system: You are a helpful assistant.
user:
Analyze the provided spectrum to determine if it is a **S-type Star**.

- **Key Indicators for S-type Star:**

    - **(Overall Spectrum Shape):** The first and most obvious characteristic is the overall continuum (the "baseline" shape). It is **extremely "red-sloping,"** meaning the flux (light intensity) is very low on the left side (blue, ~4000-4500 Å) and rises steeply and continuously toward the right side (red, ~7000 Å+).

    - **(Primary):** The spectrum is defined by the presence of strong, broad molecular absorption "valleys" (bands) from **Zirconium Oxide (ZrO)**. The identification of these bands is the **primary requirement** for classifying a star as S-type.
        - **(Key Bandheads):** You must find distinct, deep "dips" where the light has been absorbed. The most critical band systems to locate are:
            - **~6474 Å** ($\gamma$-system): This is often the strongest and clearest ZrO feature, found in the red part of the spectrum.
            - **~5718 Å** & **~5551 Å** ($\beta$-system): A pair of prominent absorption features in the yellow-orange part of the spectrum.
            - **~4640 Å** ($\alpha$-system): A key absorption band system in the blue-green region of the spectrum.

    - **(Secondary Confirmation):** The classification is strengthened by finding additional absorption bands from other related heavy element oxides, which are expected to be present alongside ZrO.
        - **(Key Bandheads):**
            - **Yttrium Oxide (YO):** Look for absorption dips near **~4800 Å** and **~6100 Å**.
            - **Lanthanum Oxide (LaO):** Additional absorption features, particularly in the red-orange part of the spectrum, are also characteristic.

    - **(Line Profile):** The combination of the steep red continuum and these numerous, deep molecular bands (ZrO, YO, etc.) gives the entire spectrum a very **"chopped-up"** or **"bumpy"** appearance. Instead of a smooth curve, the spectrum looks as though large, wide chunks of light have been "carved out" of it at the specific wavelengths listed above.

Think first, call **spectral_visualization_tool** if needed to examine features in detail, then provide your final answer. Your response must adhere to the following strict rules:
1.  **Overall Structure:** Your response must follow the format `<think>...</think> <tool_call>...</tool_call> (if a tool is used) <answer>...</answer>`.
2.  **Tool Usage Constraint:** You may only make **one** tool call per turn.
3.  **Final Answer Format:** In the `<answer>` tag, your conclusion must be inside a `\boxed{}` command (e.g., `\boxed{YES}` or `\boxed{NO}`), followed by your justification.

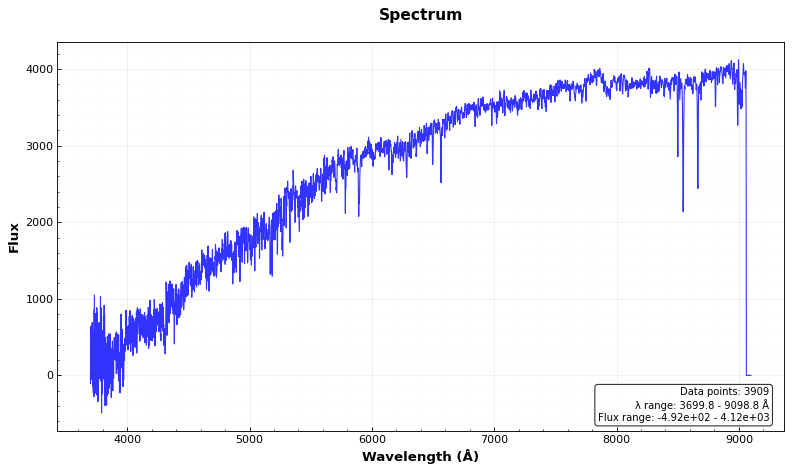
Answer: NO